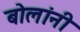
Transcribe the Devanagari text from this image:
बोलांनी